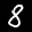
Label: 8